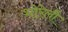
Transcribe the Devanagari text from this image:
भोरेली